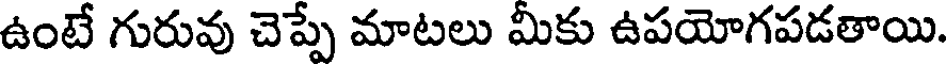
ఉంటే గురువు చెప్పే మాటలు మీకు ఉపయోగపడతాయి.